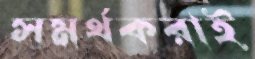
সমর্থকরাই